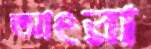
আংরা